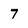
Character: 7